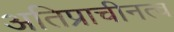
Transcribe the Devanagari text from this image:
अतिप्राचीनत्व